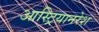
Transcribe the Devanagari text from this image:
आस्ट्रियानरेश